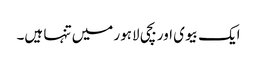
ایک بیوی اور بچی لاہور میں تنہا ہیں۔